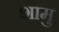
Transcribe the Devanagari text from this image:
शामु